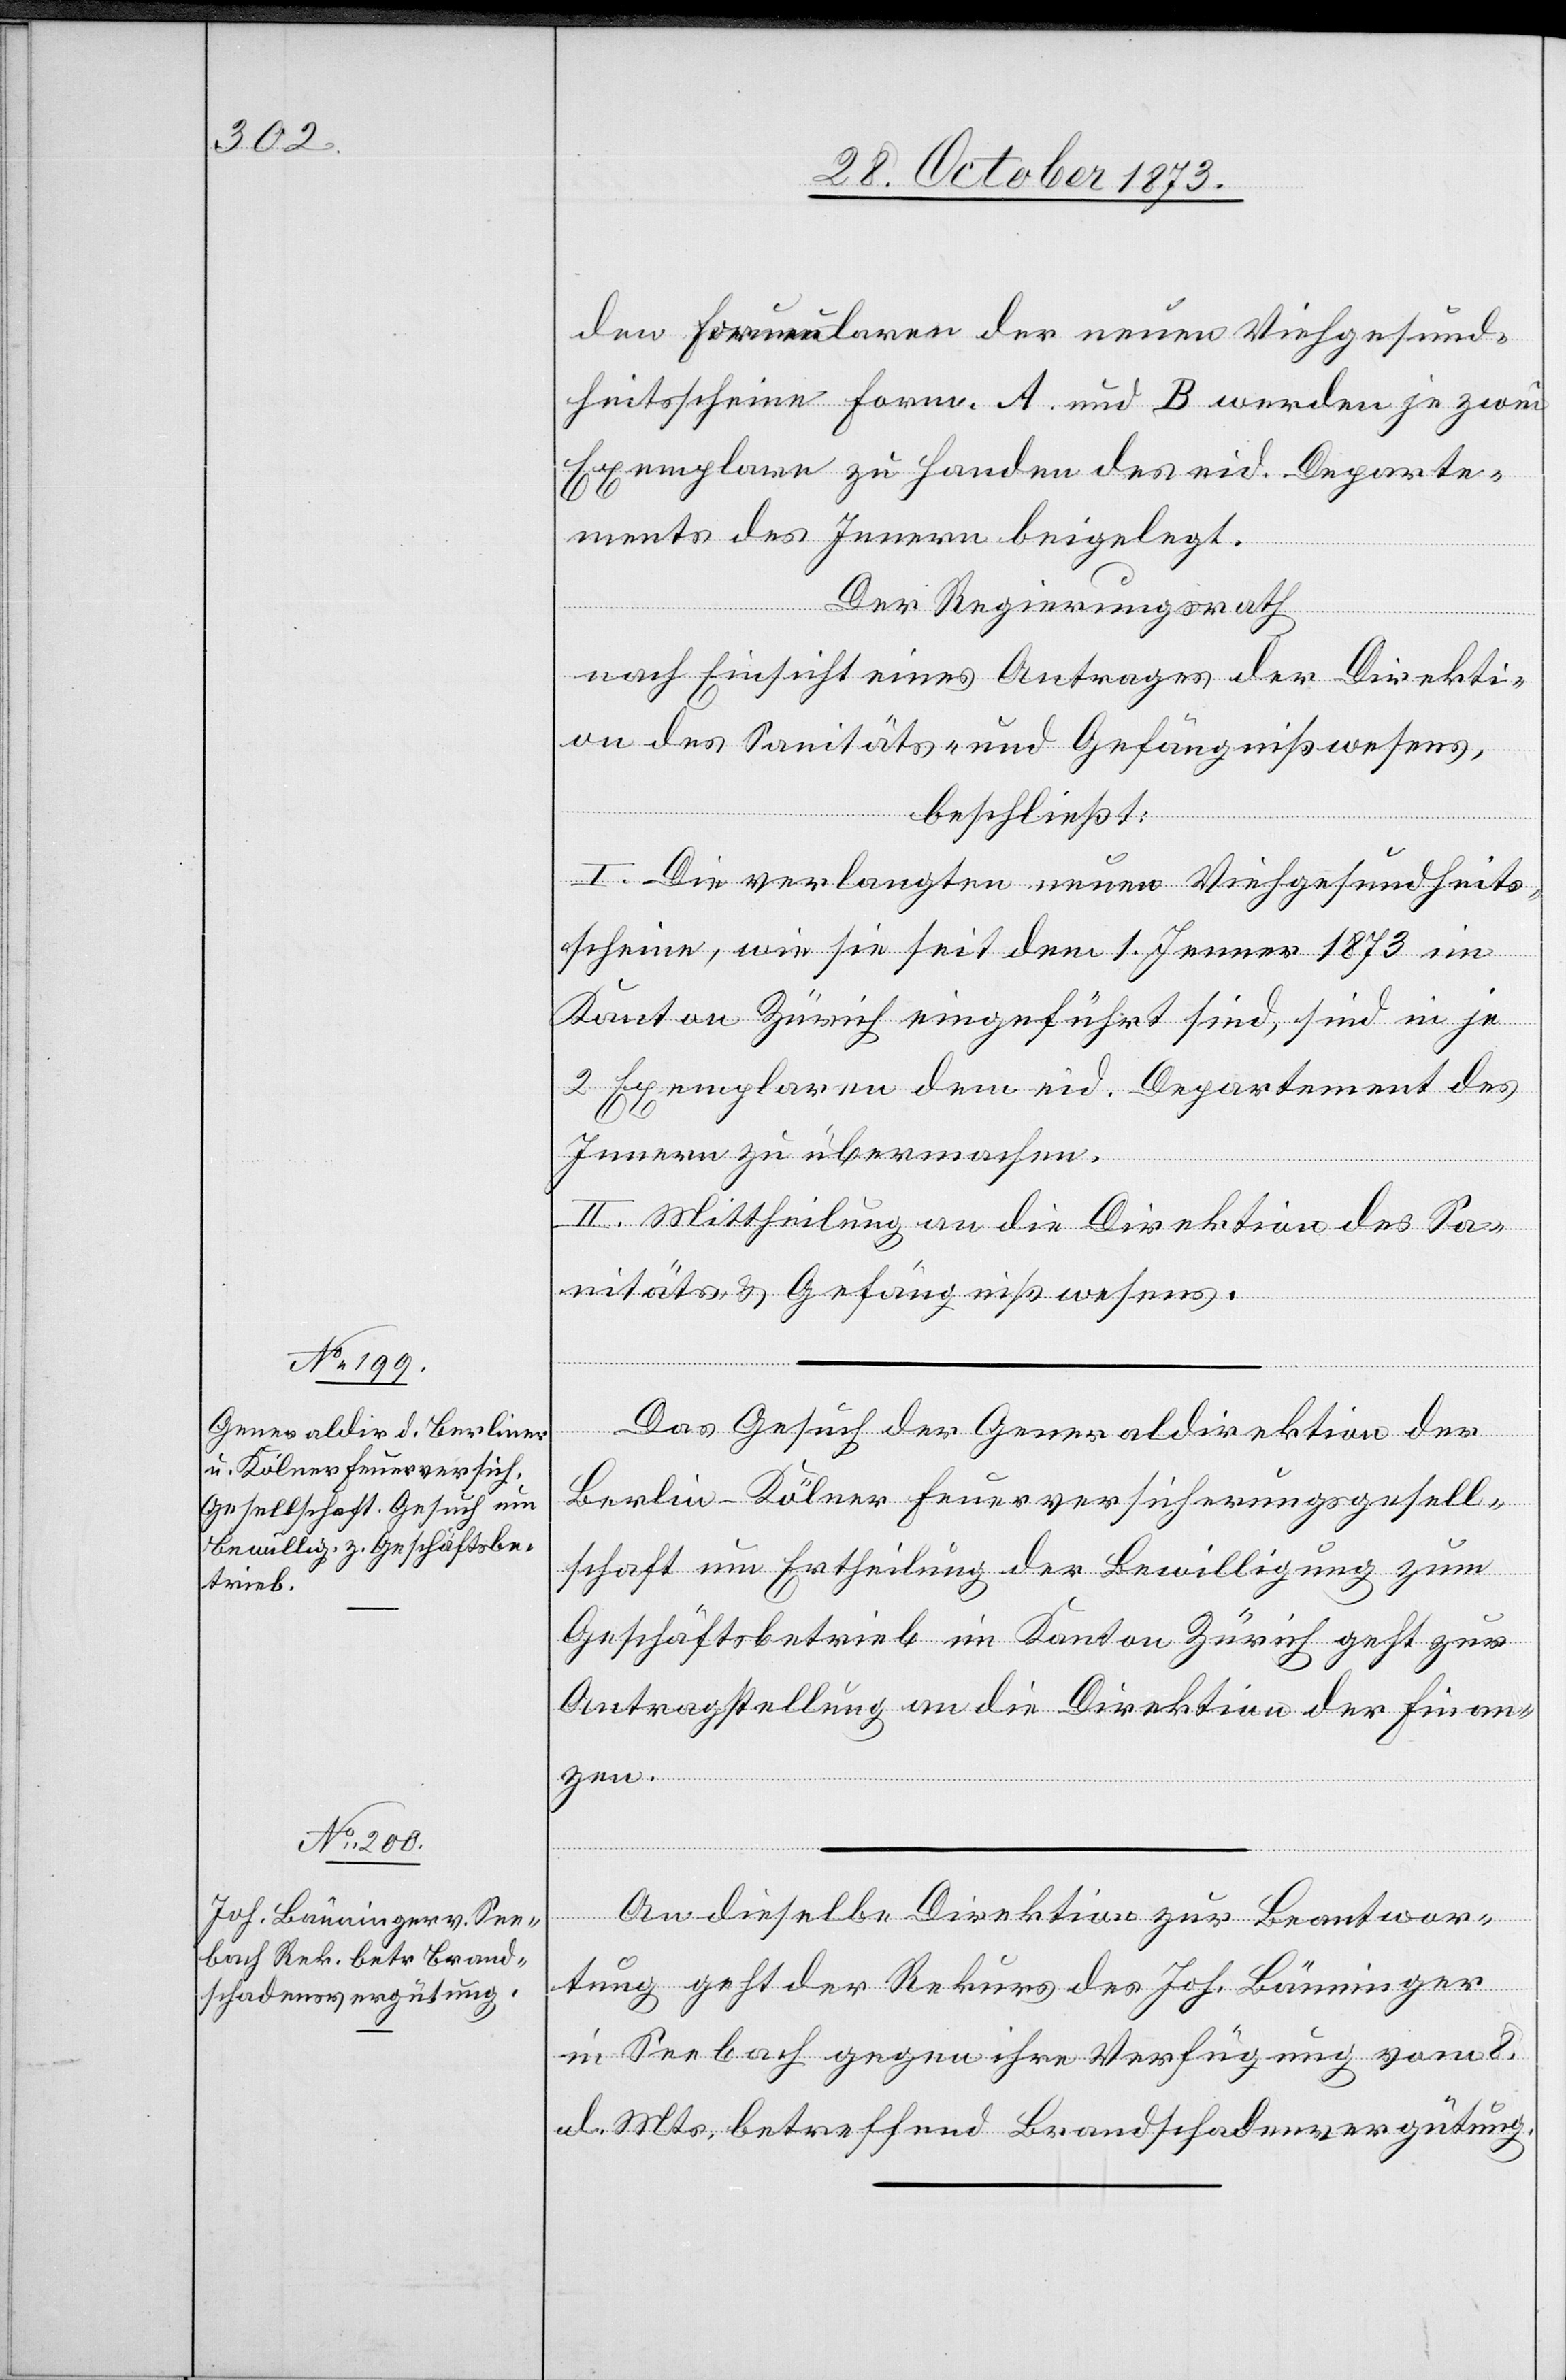
28. October 1873.]
den Formularen der neuen Viehgesund¬
heitsscheine Form. A. und B werden je zwei
Exemplare zu Handen des eid. Departe¬
ments des Innern beigelegt.
Der Regierungsrath
nach Einsicht eines Antrages der Direkti¬
on des Sanitäts- und Gefängnißwesens,
beschließt:
I. Die verlangten neuen Viehgesundheits¬
scheine, wie sie seit dem 1. Jenner 1873 im
Kanton Zürich eingeführt sind, sind in je
2 Exemplaren dem eid. Departement des
Innern zu übermachen.
II. Mittheilung an die Direktion des Sa¬
nitäts- & Gefängnißwesens.
Das Gesuch der Generaldirektion der
Berlin–Kölner Feuerversicherungsgesell¬
schaft um Ertheilung der Bewilligung zum
Geschäftsbetrieb im Kanton Zürich geht zur
Antragstellung an die Direktion der Finanz¬
en.
An dieselbe Direktion zur Beantwor¬
tung geht der Rekurs des Joh. Bänninger
in Seebach gegen ihre Verfügung vom 8.
d. Mts. betreffend Brandschadenvergütung.